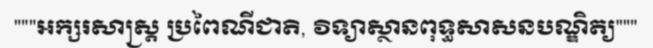
"""អក្សរសាស្ត្រ ប្រពៃណីជាតិ, វិទ្យាស្ថានពុទ្ធសាសនបណ្ឌិត្យ"""